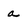
Character: a